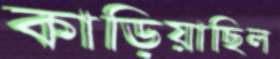
কাড়িয়াছিল